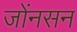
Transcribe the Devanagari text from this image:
जोंनसन